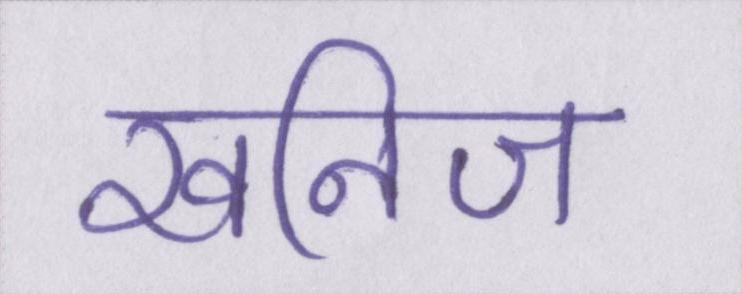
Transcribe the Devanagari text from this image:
खनिज